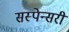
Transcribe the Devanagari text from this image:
सस्पेन्सरी